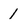
Character: 1